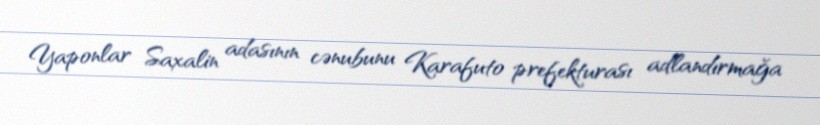
Yaponlar Saxalin adasının cənubunu Karafuto prefekturası adlandırmağa